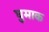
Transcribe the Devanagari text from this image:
घुमाक